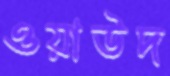
ওয়াউদ